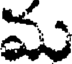
మ